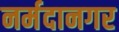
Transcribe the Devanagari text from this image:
नर्मदानगर